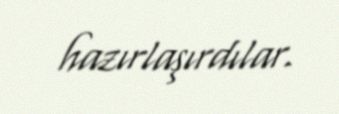
hazırlaşırdılar.